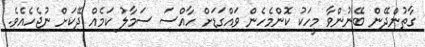
ގާތުންދޭން ބޭނުންވާ މީހަކު ކޮންމެހެން ވައްގަޑަށް ހާއްސަ ސަމާލު ކަމެއް ދޭކަށް ނުޖެހެއެވެ.